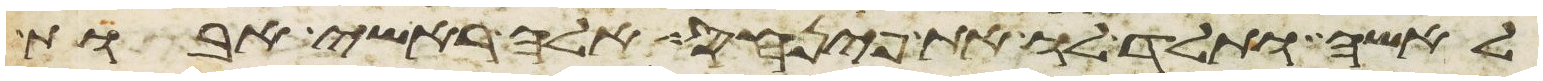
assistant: לאשה ותלד לו את פינחס אלה ראשי אבות